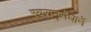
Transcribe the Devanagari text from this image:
स्वरानुरोधानें